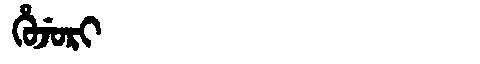
Manchu: ᡥᡠᠵᡠᡵᡳ
Romanization: HUJURI